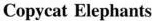
Copycat Elephants